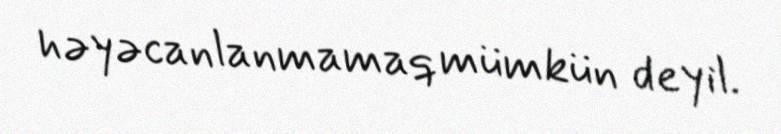
həyəcanlanmamaq mümkün deyil.